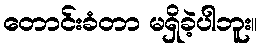
တောင်းခံတာ မရှိခဲ့ပါဘူး။